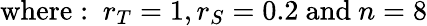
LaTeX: {\mathrm{where:~}}r_{T}=1,r_{S}=0.2{\mathrm{~and~}}n=8